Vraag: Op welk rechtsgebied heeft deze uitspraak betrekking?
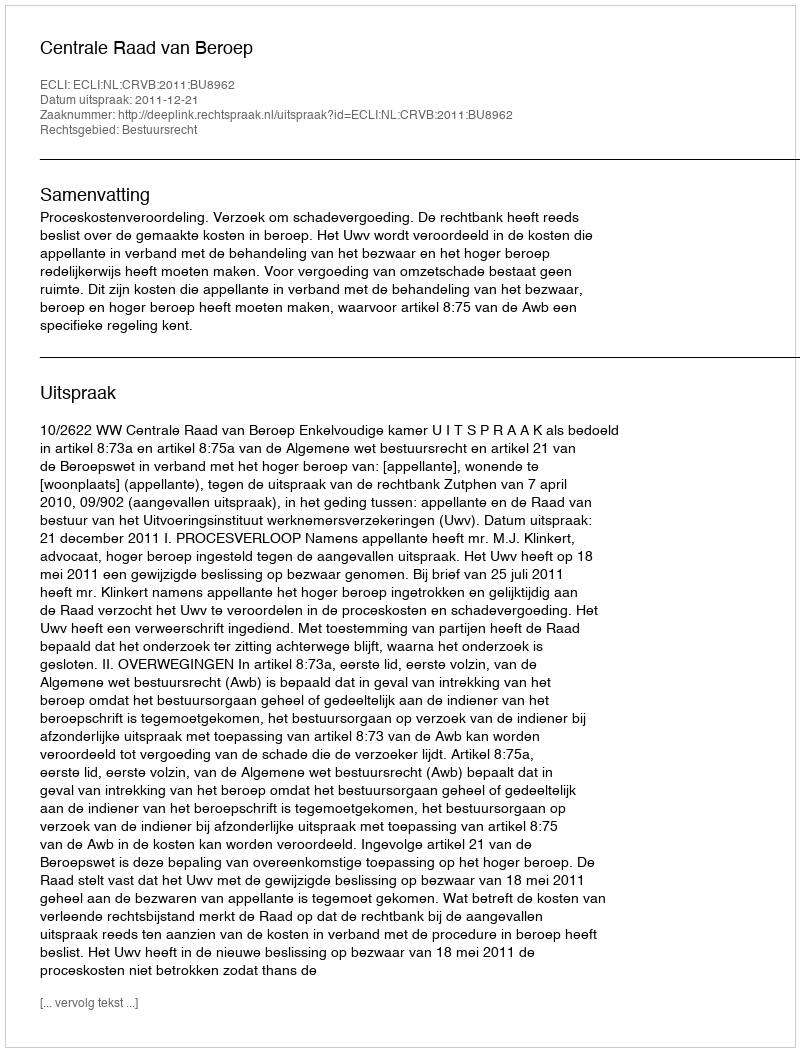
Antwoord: Bestuursrecht